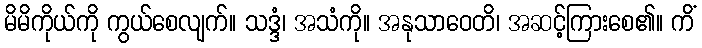
မိမိကိုယ်ကို ကွယ်စေလျက်။ သဒ္ဒံ၊ အသံကို။ အနုသာဝေတိ၊ အဆင့်ကြားစေ၏။ ကိံ